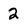
Character: 2